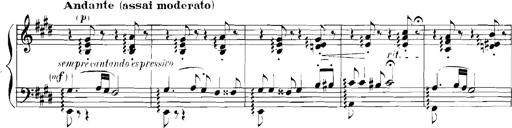
Title: Rhapsodies hongroises
Composer: Franz Liszt